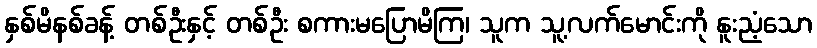
နှစ်မိနစ်ခန့် တစ်ဦးနှင့် တစ်ဦး စကားမပြောမိကြ၊ သူက သူ့လက်မောင်းကို နူးညံ့သော